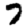
Digit: 7